Scottish Leaving Certificate Examination, 1957
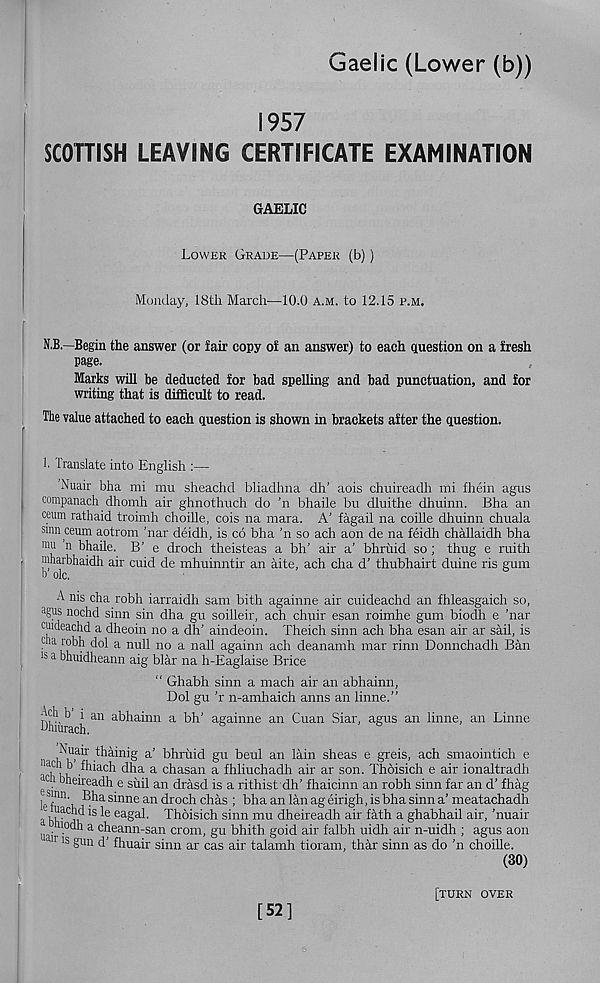
Gaelic (Lower (b))
1957
SCOTTISH LEAVING CERTIFICATE EXAMINATION
GAELIC
Lower Grade—(Paper (b))
Monday, 18th March—10.0 A.M. to 12.15 p.m.
N.B.—Begin the answer (or fair copy of an answer) to each question on a fresh
page.
Marks will be deducted for bad spelling and bad punctuation, and for
writing that is difficult to read.
The value attached to each question is shown in brackets after the question.
1. Translate into English :—
Nuair bha mi mu sheachd bliadhna dh' aois chuireadh mi fhein agus
companach dhomh air ghnothuch do ’n bhaile bu dluithe dhuinn. Bha an
ceum rathaid troimh choille, cois na mara. A’ fagail na coille dhuinn chuala
sinn ceum aotrom ’nar deidh, is co bha ’n so ach aon de na feidh challaidh bha
mu n bhaile. B’ e droch theisteas a bh’ air a’ bhruid so ; thug e ruith
' mharbhaidh air cuid de mhuinntir an aite, ach cha d’ thubhairt duine ris gum
b ole.
A nis cha robh iarraidh sam bith againne air cuideachd an fhleasgaich so,
agus nochd sinn sin dha gu soilleir, ach chuir esan roimhe gum biodh e ’nar
cuideachd a dheoin no a dh’ aindeoin. Theich sinn ach bha esan air ar sail, is
dia icbh dol a null no a nail againn ach deanamh mar rinn Donnchadh Ban
15 a bhuidheann aig blar na h-Eaglaise Brice
" Ghabh sinn a mach air an abhainn,
Dol gu ’r n-amhaich aims an linne.”
ilhiu' 3 h an a^^a^nn a
againne an Cuan Siar, agus an linne, an Linne
p <u , air thainig a’ bhruid gu beul an lain sheas e greis, ach smaointich e
a n u
a chasan a fhliuchadh air ar son. Thoisich e air ionaltradh
1 baeil: eadh e suil an drasd is a rithist dh' fhaicinn an robh sinn far an d’ fhag
l S
f
mn '
sinne an droch chas ; bha an lan ag eirigh, is bha sinn a’ meatachadh
a 1K
ea S a1 ' Thbisich sinn mu dheireadh air fath a ghabhail air, ’nuair
uair' a a c^eann ' san crom, gu bhith goid air falbh uidh air n-uidh ; agus aon
15 § un d’ fhuair sinn ar cas air talamh tioram, thar sinn as do ’n choille.
(30)
[52]
[turn over